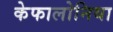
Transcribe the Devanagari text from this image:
केफालोनिया